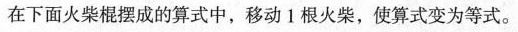
在下面火柴棍摆成的算式中，移动1根火柴，使算式变为等式。